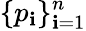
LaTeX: \{ p_{\mathbf{i}}\} _{\mathbf{i}=1}^{n}